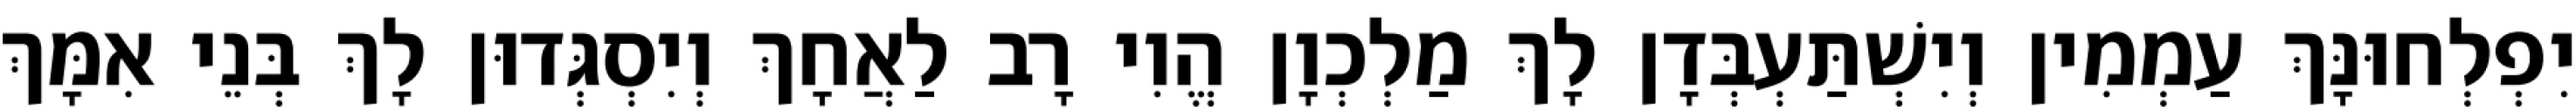
יִפְלְחוּנָּךְ עַמְמִין וְיִשְׁתַּעְבְּדָן לָךְ מַלְכְוָן הֱוִי רָב לַאֲחָךְ וְיִסְגְּדוּן לָךְ בְּנֵי אִמָּךְ